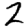
Digit: 2